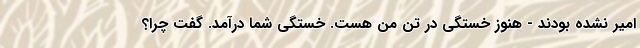
امیر نشده بودند - هنوز خستگی در تن من هست. خستگی شما درآمد. گفت چرا؟